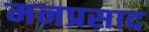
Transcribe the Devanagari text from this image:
मनप्रसाद